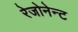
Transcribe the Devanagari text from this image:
रेजोनेन्ट